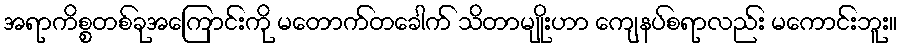
အရာကိစ္စတစ်ခုအကြောင်းကို မတောက်တခေါက် သိတာမျိုးဟာ ကျေနပ်စရာလည်း မကောင်းဘူး။